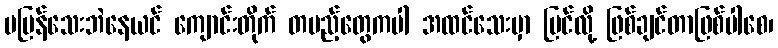
မပြန်သေးဘဲနေယင် ကျောင်းတိုက် တပည့်တွေကပါ အထင်သေးမှာ မြင်လို့ ဖြစ်ချင်တာဖြစ်ပါစေ၊